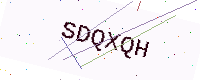
Text: SDQXQH